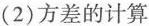
(2)方差的计算